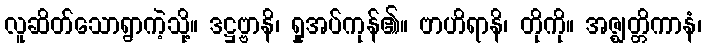
လူဆိတ်သောရွာကဲ့သို့။ ဒဋ္ဌဗ္ဗာနိ၊ ရှုအပ်ကုန်၏။ ဗာဟိရာနိ၊ တိုကို။ အဇ္ဈတ္တိကာနံ၊